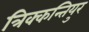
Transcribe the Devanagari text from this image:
त्रिक्कन्तियुर